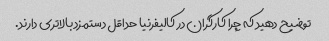
توضیح دهید که چرا کارگران در کالیفرنیا حداقل دستمزد بالاتری دارند.